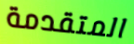
المتقدمة